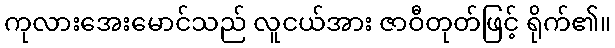
ကုလားအေးမောင်သည် လူငယ်အား ဇာဝီတုတ်ဖြင့် ရိုက်၏။